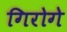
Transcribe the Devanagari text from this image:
गिरोगे